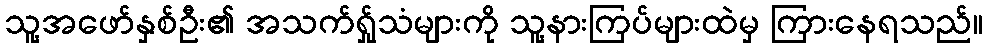
သူ့အဖော်နှစ်ဦး၏ အသက်ရ်ှုသံများကို သူ့နားကြပ်များထဲမှ ကြားနေရသည်။